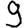
Digit: 9